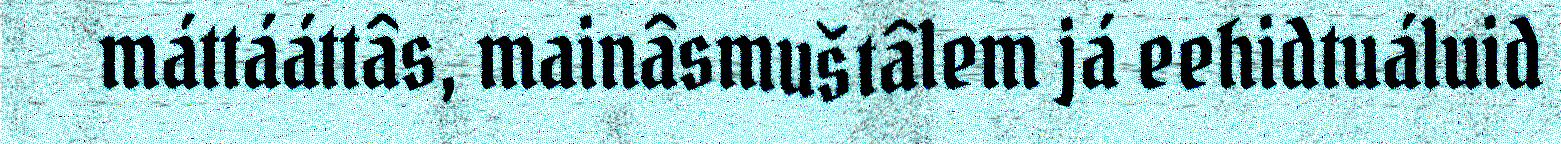
máttááttâs, mainâsmuštâlem já eehidtuáluid